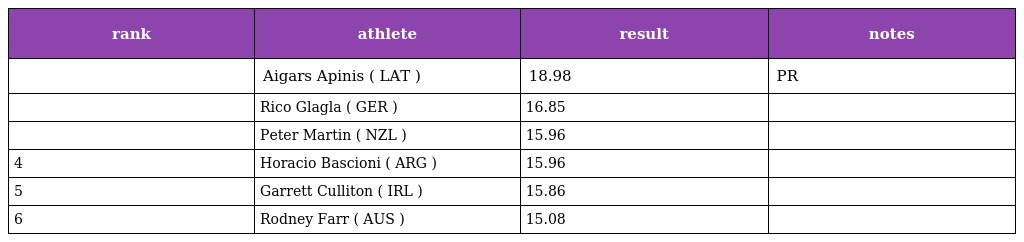
| rank | athlete | result | notes |
 | --- | --- | --- | --- |
 |  | Aigars Apinis ( LAT ) | 18.98 | PR |
 |  | Rico Glagla ( GER ) | 16.85 |  |
 |  | Peter Martin ( NZL ) | 15.96 |  |
 | 4 | Horacio Bascioni ( ARG ) | 15.96 |  |
 | 5 | Garrett Culliton ( IRL ) | 15.86 |  |
 | 6 | Rodney Farr ( AUS ) | 15.08 |  |